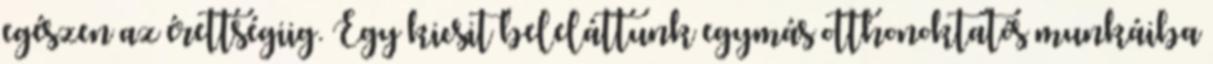
egészen az érettségiig. Egy kicsit beleláttunk egymás otthonoktatós munkáiba